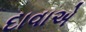
દાવાએ